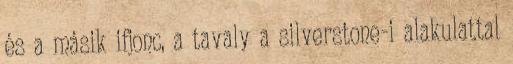
és a másik ifjonc, a tavaly a silverstone-i alakulattal